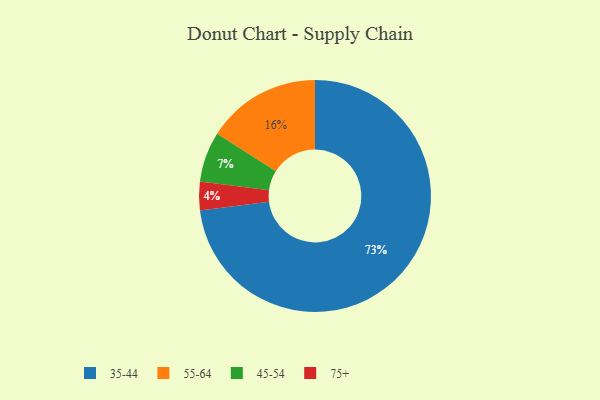
{"axis": {"x": "Category", "y": "Percentage"}, "legend": ["35-44", "45-54", "55-64", "75+"], "data": [{"x": "55-64", "y": 16, "type": "55-64"}, {"x": "35-44", "y": 73, "type": "35-44"}, {"x": "45-54", "y": 7, "type": "45-54"}, {"x": "75+", "y": 4, "type": "75+"}]}